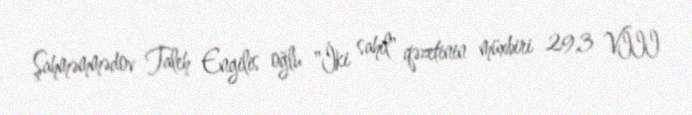
Şahməmmədov Taleh Engilis oğlu "İki sahil" qəzetinin müxbiri 29,3 VIII